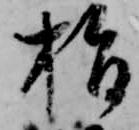
指